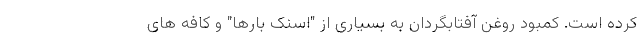
کرده است. کمبود روغن آفتابگردان به بسیاری از "اسنک بارها" و کافه های